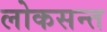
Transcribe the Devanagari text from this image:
लोकसन्त